Civil Veterinary Dept. North-West Frontier Province 1923-32 - 1923-1932
Year: 1923
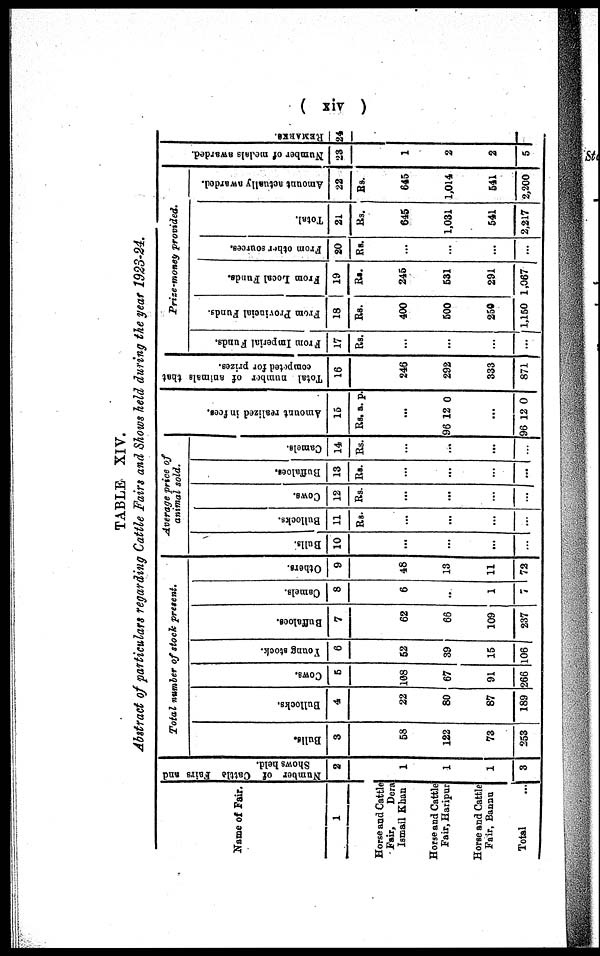
( xiv )
TABLE XIV.
Abstract of particulars regarding Cattle Fairs and Shows held during the year 1923-24.
Name of Fair.
1
Horse and Cattle
fair,
Dera
Ismail Khan
Horse and Cattle
Fair, Haripur
Horse and Cattle
Fair, Bannu
Total ...
Number of Cattle Fairs and
Shows held.
2
1
1
1
3
Total number of stock present.
Bulls.
3
58
122
73
253
Bullocks.
4
22
80
87
189
Cows.
5
108
67
91
266
Young stock.
6
52
39
15
106
Buffaloes.
7
62
66
109
237
Camels.
8
6
..
1
7
Others.
9
48
13
11
72
Average price of
animal sold.
Bulls.
10
...
...
...
...
Bullocks.
11
Rs.
...
...
...
...
Cows.
12
Rs.
...
...
...
...
Buffaloes.
13
Rs.
...
...
...
...
Camels.
14
Rs.
...
...
...
...
Amo u n t r eal i zed in fees.
15
Rs. a. p.
...
96 12 0
...
96 12 0
Total number of animals that
competed for prizes.
16
246
292
333
871
Prize-money provided.
From Imperial Funds.
17
Rs.
...
...
...
...
From Provincial Funds.
18
Rs.
400
500
250
1,150
From Local Funds.
19
Rs.
245
531
291
1,067
From other sources.
20
Rs.
...
...
...
...
Total.
21
Rs.
645
1,031
541
2,217
Amount actually awarded.
22
Rs.
645
1,014
541
2,200
Nu mb e r of medals awarded.
23
1
2
2
5
REMARKS.
24